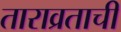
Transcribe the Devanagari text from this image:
ताराव्रताची